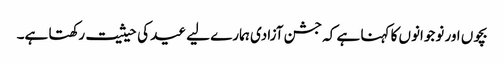
بچوں اور نوجوانوں کا کہنا ہے کہ جشن آزادی ہمارے لیے عید کی حیثیت رکھتا ہے۔